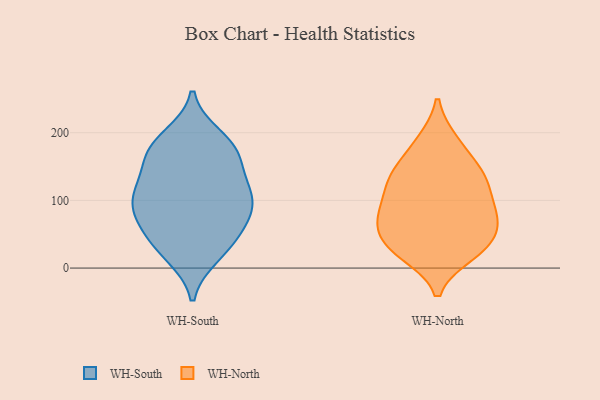
{"axis": {"x": "Humidity (%)", "y": "Value"}, "legend": ["WH-North", "WH-South"], "data": [{"x": "", "y": 108, "type": "WH-South"}, {"x": "", "y": 110, "type": "WH-South"}, {"x": "", "y": 114, "type": "WH-South"}, {"x": "", "y": 31, "type": "WH-South"}, {"x": "", "y": 86, "type": "WH-South"}, {"x": "", "y": 177, "type": "WH-South"}, {"x": "", "y": 173, "type": "WH-South"}, {"x": "", "y": 20, "type": "WH-South"}, {"x": "", "y": 35, "type": "WH-South"}, {"x": "", "y": 120, "type": "WH-South"}, {"x": "", "y": 193, "type": "WH-South"}, {"x": "", "y": 66, "type": "WH-South"}, {"x": "", "y": 87, "type": "WH-South"}, {"x": "", "y": 158, "type": "WH-South"}, {"x": "", "y": 173, "type": "WH-South"}, {"x": "", "y": 66, "type": "WH-South"}, {"x": "", "y": 61, "type": "WH-North"}, {"x": "", "y": 187, "type": "WH-North"}, {"x": "", "y": 143, "type": "WH-North"}, {"x": "", "y": 127, "type": "WH-North"}, {"x": "", "y": 35, "type": "WH-North"}, {"x": "", "y": 147, "type": "WH-North"}, {"x": "", "y": 138, "type": "WH-North"}, {"x": "", "y": 111, "type": "WH-North"}, {"x": "", "y": 35, "type": "WH-North"}, {"x": "", "y": 21, "type": "WH-North"}, {"x": "", "y": 186, "type": "WH-North"}, {"x": "", "y": 70, "type": "WH-North"}, {"x": "", "y": 73, "type": "WH-North"}, {"x": "", "y": 90, "type": "WH-North"}, {"x": "", "y": 26, "type": "WH-North"}, {"x": "", "y": 78, "type": "WH-North"}, {"x": "", "y": 27, "type": "WH-North"}, {"x": "", "y": 123, "type": "WH-North"}, {"x": "", "y": 75, "type": "WH-North"}]}